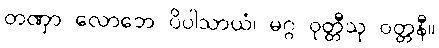
တဏှာ လောဘေ ပိပါသာယံ၊ မဂ္ဂ ဝုတ္တီသု ဝတ္တနီ။